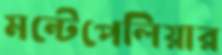
মন্টেপেলিয়ার